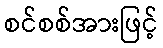
စင်စစ်အားဖြင့်